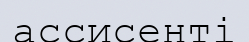
ассисенті